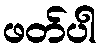
ဖတ်ပါ